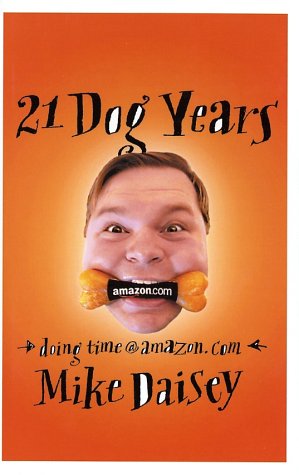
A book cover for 21 Dog Years: A Cube Dweller's Tale; Mike Daisey; Humor & Entertainment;